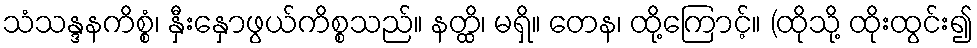
သံသန္ဒနကိစ္စံ၊ နှီးနှောဖွယ်ကိစ္စသည်။ နတ္ထိ၊ မရှိ။ တေန၊ ထို့ကြောင့်။ (ထိုသို့ ထိုးထွင်း၍